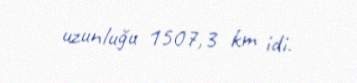
uzunluğu 1507,3 km idi.